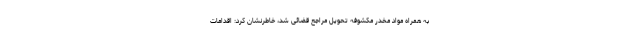
به همراه مواد مخدر مکشوفه تحویل مراجع قضائی شد، خاطرنشان کرد: اقدامات